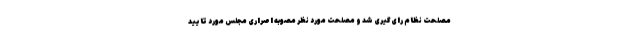
مصلحت نظام رای‌گیری شد و مصلحت مورد نظر مصوبه اصراری مجلس مورد تایید